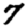
Digit: 7